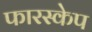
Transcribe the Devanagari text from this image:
फारस्केप